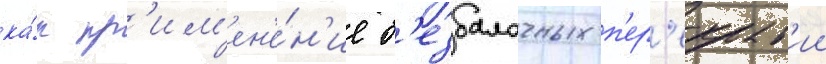
ка́к пр'им'ен'е́н'ие б'езбалочных п'ер'екрыт'ии